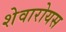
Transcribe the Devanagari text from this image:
शेवारोयस